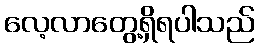
လေ့လာတွေ့ရှိရပါသည်